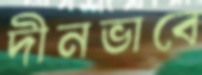
দীনভাবে